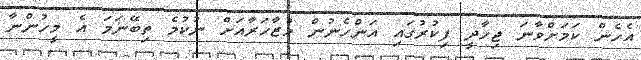
އެހެން ކަމަށްވާނަ ޖިހާދީ ފިކުރުގައި އަންހެނުން މުޒާހަރާއަށް ނުކުމެ ތިބޭނަމަ އެ މީހުންނާ